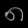
Digit: ၈